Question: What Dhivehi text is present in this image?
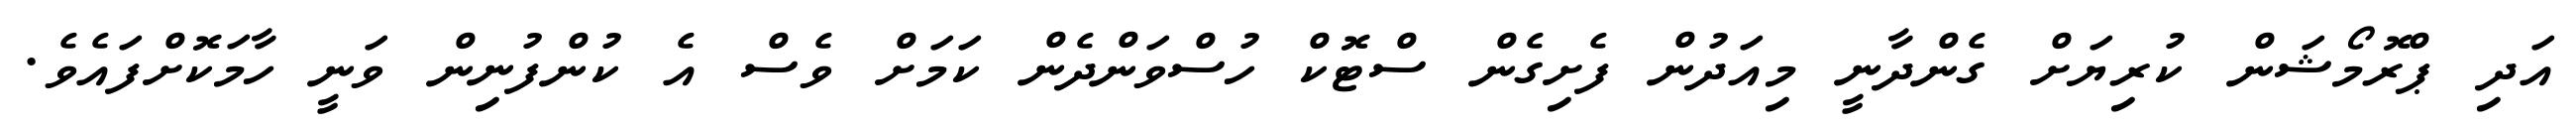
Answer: އަދި ޕްރޮމޯޝަން ކުރިޔަށް ގެންދާނީ މިއަދުން ފެށިގެން ސްޓޮކް ހުސްވަންދެން ކަމަށް ވެސް އެ ކުންފުނިން ވަނީ ހާމަކޮށްފައެވެ.